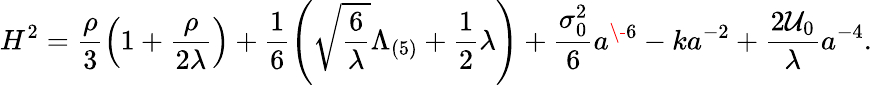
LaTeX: H^{2}=\frac{\rho}{3}\left(1+\frac{\rho}{2\lambda}\right)+\frac{1}{6}\left(\sqrt{\frac{6}{\lambda}}\Lambda_{(5)}+\frac{1}{2}\lambda\right)+\frac{\sigma_{0}^{2}}{6}a^{\- 6}-ka^{-2}+\frac{2{\cal U}_{0}}{\lambda}a^{-4}.